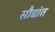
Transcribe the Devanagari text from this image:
सौद्यांत